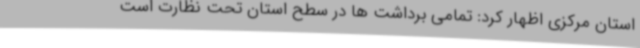
استان مرکزی اظهار کرد: تمامی برداشت ها در سطح استان تحت نظارت است